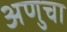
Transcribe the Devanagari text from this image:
अणुचा